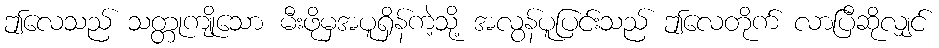
ဤလေသည် သတ္တုကျိုသော မီးဖိုမှအပူရှိန်ကဲ့သို့ အလွန်ပူပြင်းသည် ဤလေတိုက် လာပြီဆိုလျှင်